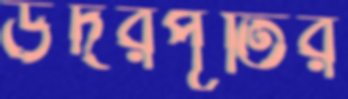
উদরপূর্তির